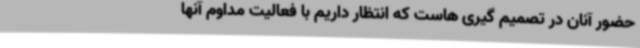
حضور آنان در تصمیم گیری هاست که انتظار داریم با فعالیت مداوم آنها